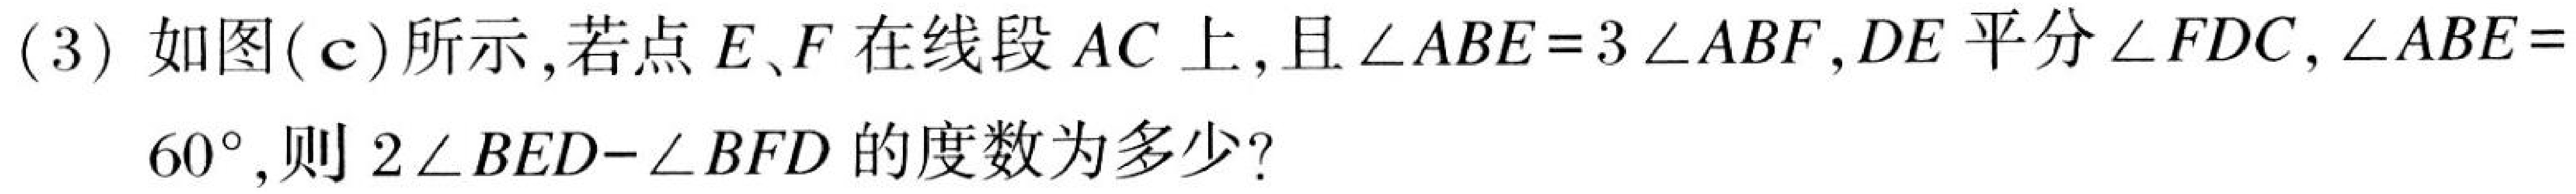
(3) 如图(c)所示,若点\(E、F\)在线段\(AC\)上,且\(\angle ABE = 3\angle ABF\),\(DE\)平分\(\angle FDC\),\(\angle ABE = 60^{\circ}\),则\(2\angle BED-\angle BFD\)的度数为多少?